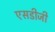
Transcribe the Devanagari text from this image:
एसडीजी